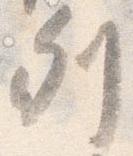
列